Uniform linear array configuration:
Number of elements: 16
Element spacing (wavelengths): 1
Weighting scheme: blackman
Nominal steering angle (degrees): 30
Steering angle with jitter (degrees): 30.484
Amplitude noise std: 0.05
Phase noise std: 0.05

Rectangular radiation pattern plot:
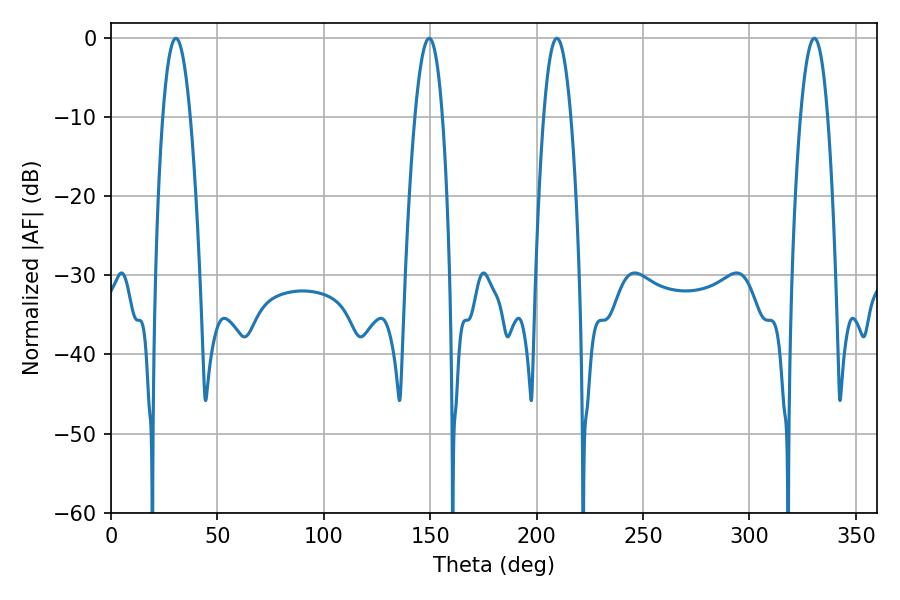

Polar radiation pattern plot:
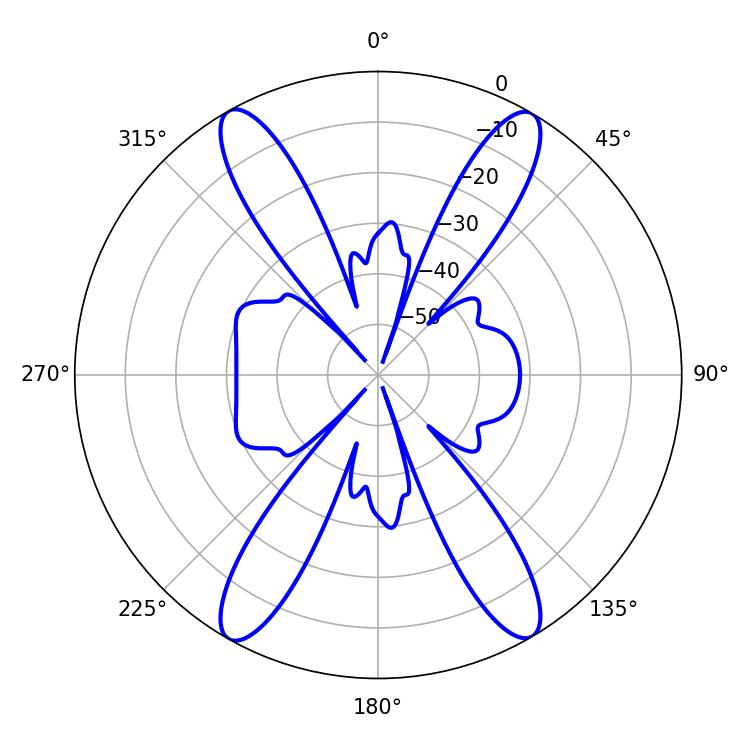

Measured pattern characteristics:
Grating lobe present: TRUE
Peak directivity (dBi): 25.768
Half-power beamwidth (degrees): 7.02
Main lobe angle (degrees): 209.52